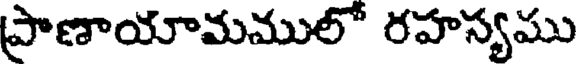
ప్రాణాయామములో రహస్యము